Annual report on the mental hospital in the Central Provinces and Berar (Nagpur) - 1927-1951
Year: 1927
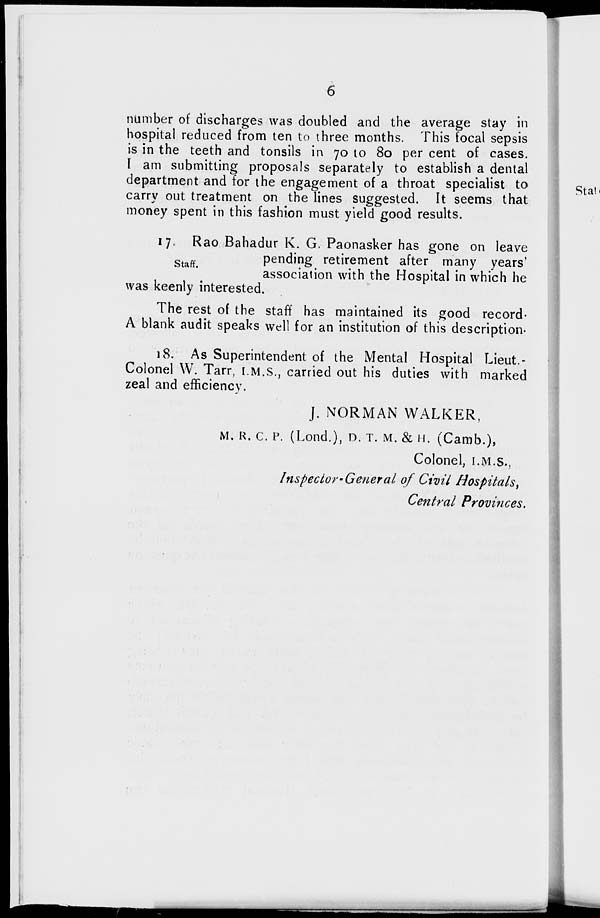
6
number of discharges was doubled and the average stay in
hospital reduced from ten to three months. This focal sepsis
is in the teeth and tonsils in 70 to 80 per cent of cases.
I am submitting proposals separately to establish a dental
department and for the engagement of a throat specialist to
carry out treatment on the lines suggested. It seems that
money spent in this fashion must yield good results.
Staff.
17. Rao Bahadur K. G. Paonasker has gone on leave
pending retirement after many years'
association with the Hospital in which he
was keenly interested.
The rest of the staff has maintained its good record-
A blank audit speaks well for an institution of this description-
18. As Superintendent of the Mental Hospital Lieut.-
Colonel W. Tarr, I.M.S., carried out his duties with marked
zeal and efficiency.
J. NORMAN WALKER,
M. R. C. P. (Lond.), D. T. M. & 11. (Camb.),
Colonel, I.M.S.,
Inspector-General of Civil Hospitals,
Central Provinces.